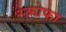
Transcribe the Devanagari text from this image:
स्क्रोफा